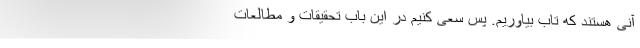
آنی هستند که تاب بیاوریم. پس سعی کنیم در این باب تحقیقات و مطالعات